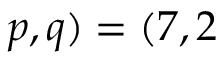
p , q ) = ( 7 , 2